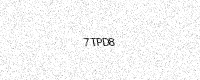
Text: 7TPD8